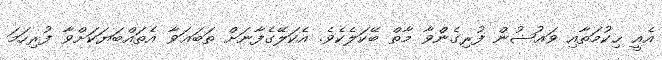
އެއީ ޙިކުމަތާއި ވަޢުޟުން ފުރިގެންވާ މާތް ބޭކަލެކެވެ. އެކަލޭގެފާނަށް ތަބަޢަވާ އެތައްބަޔަކަށްވާ ފުރިހަމަ